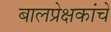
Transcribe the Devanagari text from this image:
बालप्रेक्षकांचे